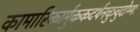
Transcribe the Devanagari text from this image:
कामारिकार्मुककदर्थनचुञ्चुदोष्णः